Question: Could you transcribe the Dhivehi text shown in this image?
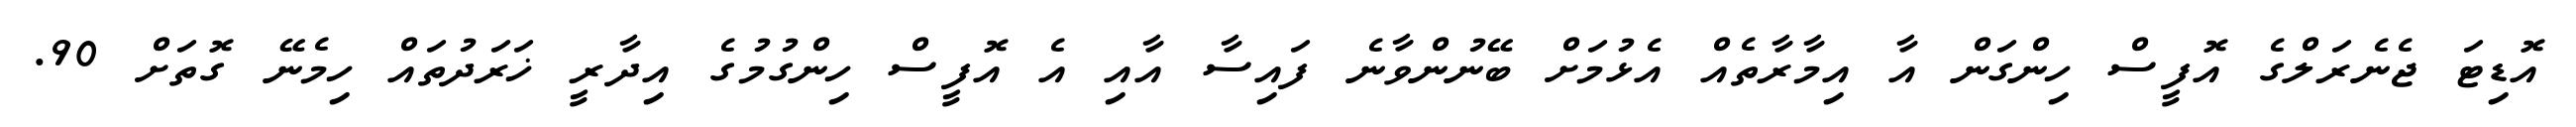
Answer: އޮޑިޓަ ޖެނެރަލްގެ އޮފީސް ހިންގަން އާ އިމާރާތެއް އެޅުމަށް ބޭނުންވާނެ ފައިސާ އާއި އެ އޮފީސް ހިންގުމުގެ އިދާރީ ޚަރަދުތައް ހިމެނޭ ގޮތަށް 90.